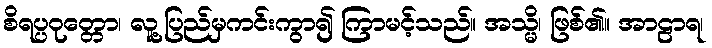
စိရပ္ပဝုတ္တော၊ လူ့ပြည်မှကင်းကွာ၍ ကြာမင့်သည်။ အသ္မိ၊ ဖြစ်၏။ အာဠာရ၊